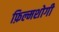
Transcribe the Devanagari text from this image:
फ़िल्मशोगी